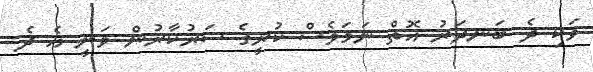
ވަކި ދެ ބަނދަރު އޮތް ނަމަވެސް ކުރީގެ ސަރުކާރުން ވަނީ އެ ދެ